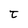
Character: t